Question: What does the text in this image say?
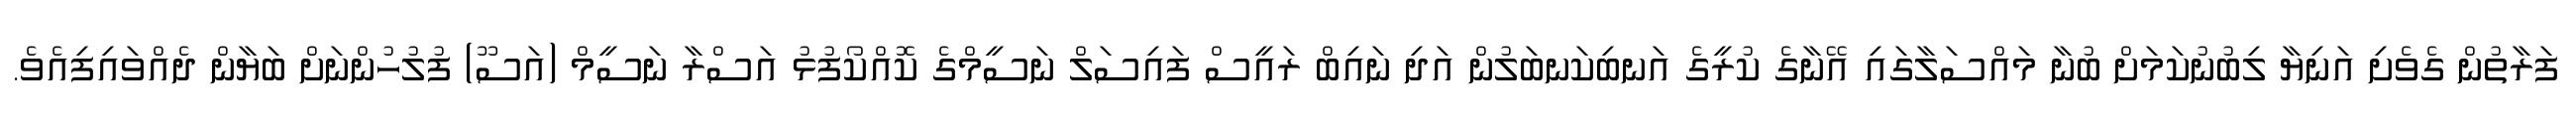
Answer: ފަރާތުން ގެވެށި އަނިޔާ ލިބުނުކަމަށް ބުނާ މައްސަލާގައި އޭނާގެ ކުރީގެ އަނބިކަނބަލުން އަދި ނައިބް ރައީސް ފައިސަލް ނަސީމްގެ ކޮއްކޯފުޅު އަސްރާ ނަސީމް (އަސޫ) ފުލުހުންނަށް ބަޔާން ދެއްވައިފިއެވެ.